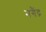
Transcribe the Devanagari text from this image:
नगैंद्र